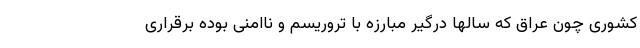
کشوری چون عراق که سالها درگیر مبارزه با تروریسم و ناامنی بوده برقراری